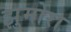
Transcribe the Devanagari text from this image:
झुमोरा